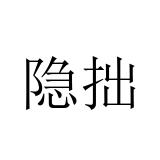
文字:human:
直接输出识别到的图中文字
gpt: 隐拙